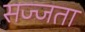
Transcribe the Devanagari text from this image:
सज्जता